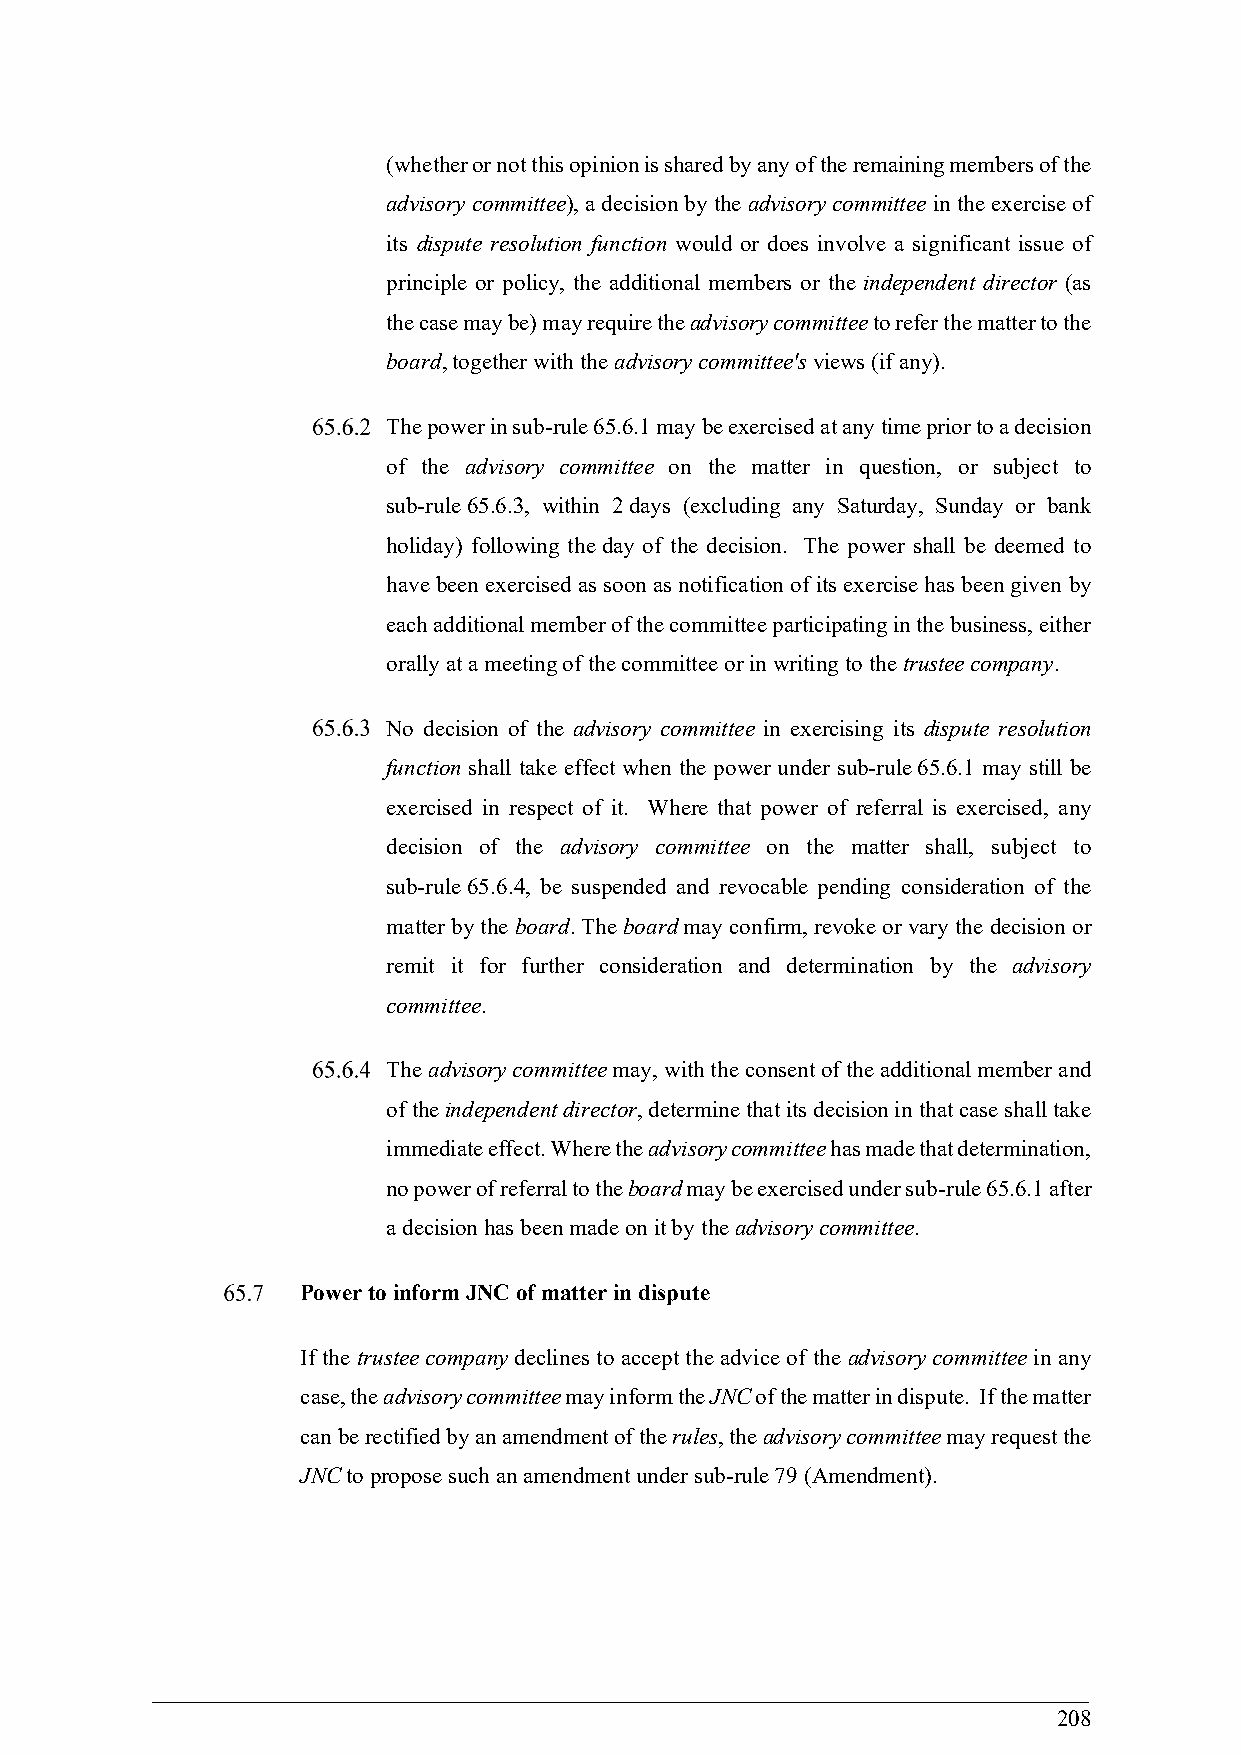
(whether or not this opinion is shared by any of the remaining members of the
 advisory committee), a decision by the advisory committee in the exercise of
 its dispute resolution function would or does involve a significant issue of
 principle or policy, the additional members or the independent director (as
 the case may be) may require the advisory committee to refer the matter to the
 board, together with the advisory committee's views (if any).
 The power in sub-rule 65.6.1 may be exercised at any time prior to a decision
 of the advisory committee on the matter in question, or subject to
 sub-rule 65.6.3, within 2 days (excluding any Saturday, Sunday or bank
 holiday) following the day of the decision. The power shall be deemed to
 have been exercised as soon as notification of its exercise has been given by
 each additional member of the committee participating in the business, either
 orally at a meeting of the committee or in writing to the trustee company.
 No decision of the advisory committee in exercising its dispute resolution
 function shall take effect when the power under sub-rule 65.6.1 may still be
 exercised in respect of it. Where that power of referral is exercised, any
 decision of the advisory committee on the matter shall, subject to
 sub-rule 65.6.4, be suspended and revocable pending consideration of the
 matter by the board. The board may confirm, revoke or vary the decision or
 remit it for further consideration and determination by the advisory
 committee.
 The advisory committee may, with the consent of the additional member and
 of the independent director, determine that its decision in that case shall take
 immediate effect. Where the advisory committee has made that determination,
 no power of referral to the board may be exercised under sub-rule 65.6.1 after
 a decision has been made on it by the advisory committee.
 Power to inform JNC of matter in dispute
 If the trustee company declines to accept the advice of the advisory committee in any
 case, the advisory committee may inform the JNC of the matter in dispute. If the matter
 can be rectified by an amendment of the rules, the advisory committee may request the
 JNC to propose such an amendment under sub-rule 79 (Amendment).
 208